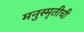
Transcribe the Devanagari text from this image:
मनुस्मृतीची